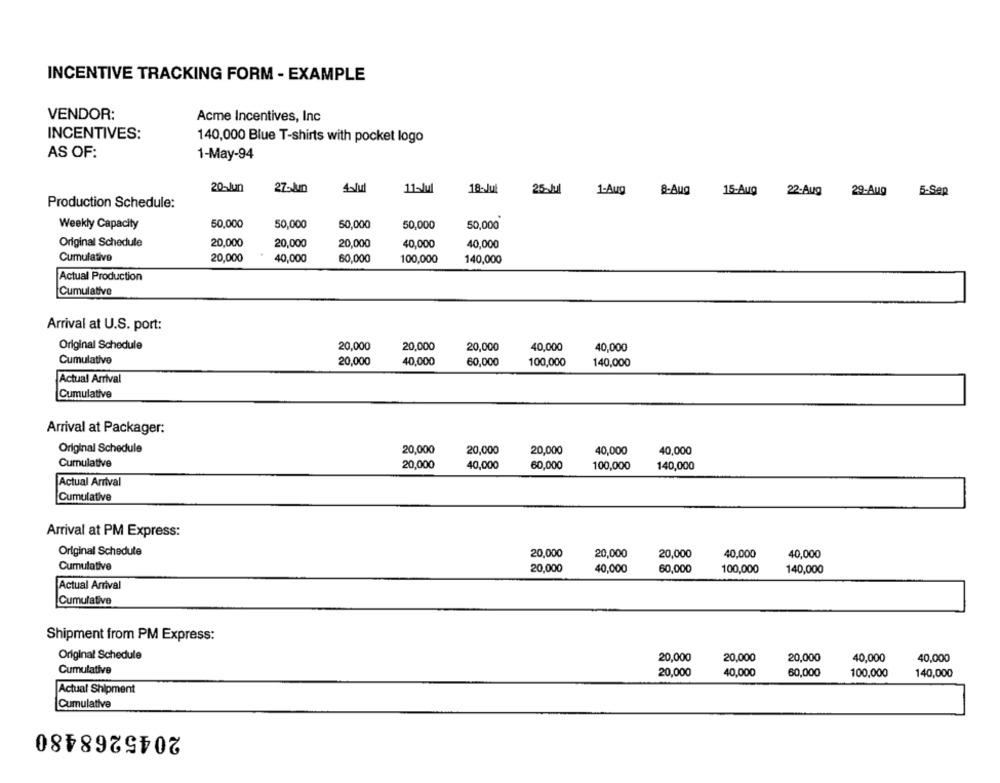
INCENTIVE TRACKING FORM - EXAMPLE
VENDOR:
Acme Incentives, Inc
INCENTIVES:
140,000 Blue T-shirts with pocket logo
AS OF:
1-May-94
20-Jun
4-Jul
11~Jul
18-Jul
25-Jul 1-Aug -fug
15-Aug 22-Aug
29-Aug
5-Sep
Production Schedule:
Weekly Capacity
50,000
50,000
50,000
50,000
50,000
Original Schedule
20,000
20,000
20,000
40,000
40,000
Cumulative
20,000
40,000
60,000
100,000
140,000
Actual Production
Cumulative
Arrival at U.S. port:
Original Schedule
20,000
20,000
20,000
40,000
40,000
Cumulative
20,000
40,000
60,000
100,000
140,000
Actual Arrival
Cumulative
Arrival at Packager:
Original Schedule
20,000
20,000
20,000
40,000
40,000
Cumulative
20,000
40,000
60,000
100,000
140,000
Actual Arrival
Cumulative
Arrival at PM Express:
Original Schedule
20,000
20,000
20,000
40,000
40,000
Cumulative
20,000
40,000
60,000
100,000
140,000
Actual Arrival
Cumulative
Shipment from PM Express:
Original Schedule
20,000
20,000
20,000
40,000
40,000
Cumulative
20,000
40,000
60,000
100,000
140,000
Actual Shipment
Cumulative
2045268480